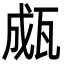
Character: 㼩